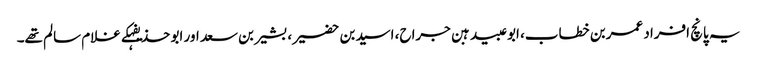
یہ پانچ افراد عمربن خطاب، ابوعبیدہبن جراح، اسیدبن حضیر، بشیربن سعد اور ابو حذیفہکے غلام سالم تھے۔